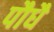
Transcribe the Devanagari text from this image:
पौधै